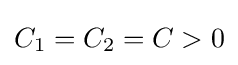
C_{1}=C_{2}=C>0